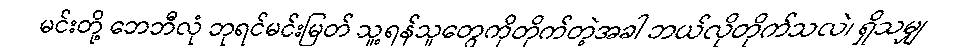
မင်းတို့ ဘေဘီလုံ ဘုရင်မင်းမြတ် သူ့ရန်သူတွေကိုတိုက်တဲ့အခါ ဘယ်လိုတိုက်သလဲ၊ ရှိသမျှ